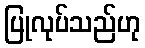
ပြုလုပ်သည်ဟု